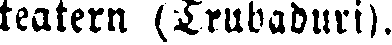
teatern (Trubaduri).